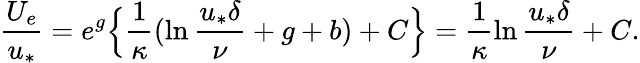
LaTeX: \frac{U_{e}}{u_{*}}=e^{g}\Big\{ \frac{1}{\kappa}(\ln\frac{u_{*}\delta}{\nu}+g+b)+C\Big\} =\frac{1}{\kappa}\ln\frac{u_{*}\delta}{\nu}+C.